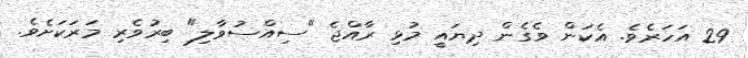
29 އަހަރެވެ. އެކަން ވެގެން ދިޔައީ މުޅި ރާއްޖެ "ސިއްސުވާލި" ބިރުވެރި މަރަކަށެވެ.